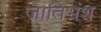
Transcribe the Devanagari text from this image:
जातिभ्रंश